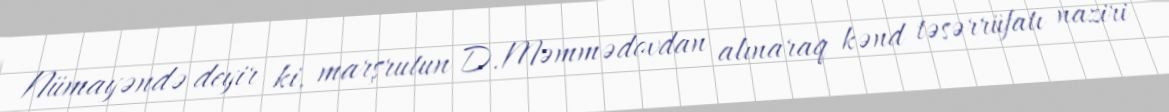
Nümayəndə deyir ki, marşrutun D.Məmmədovdan alınaraq kənd təsərrüfatı naziri